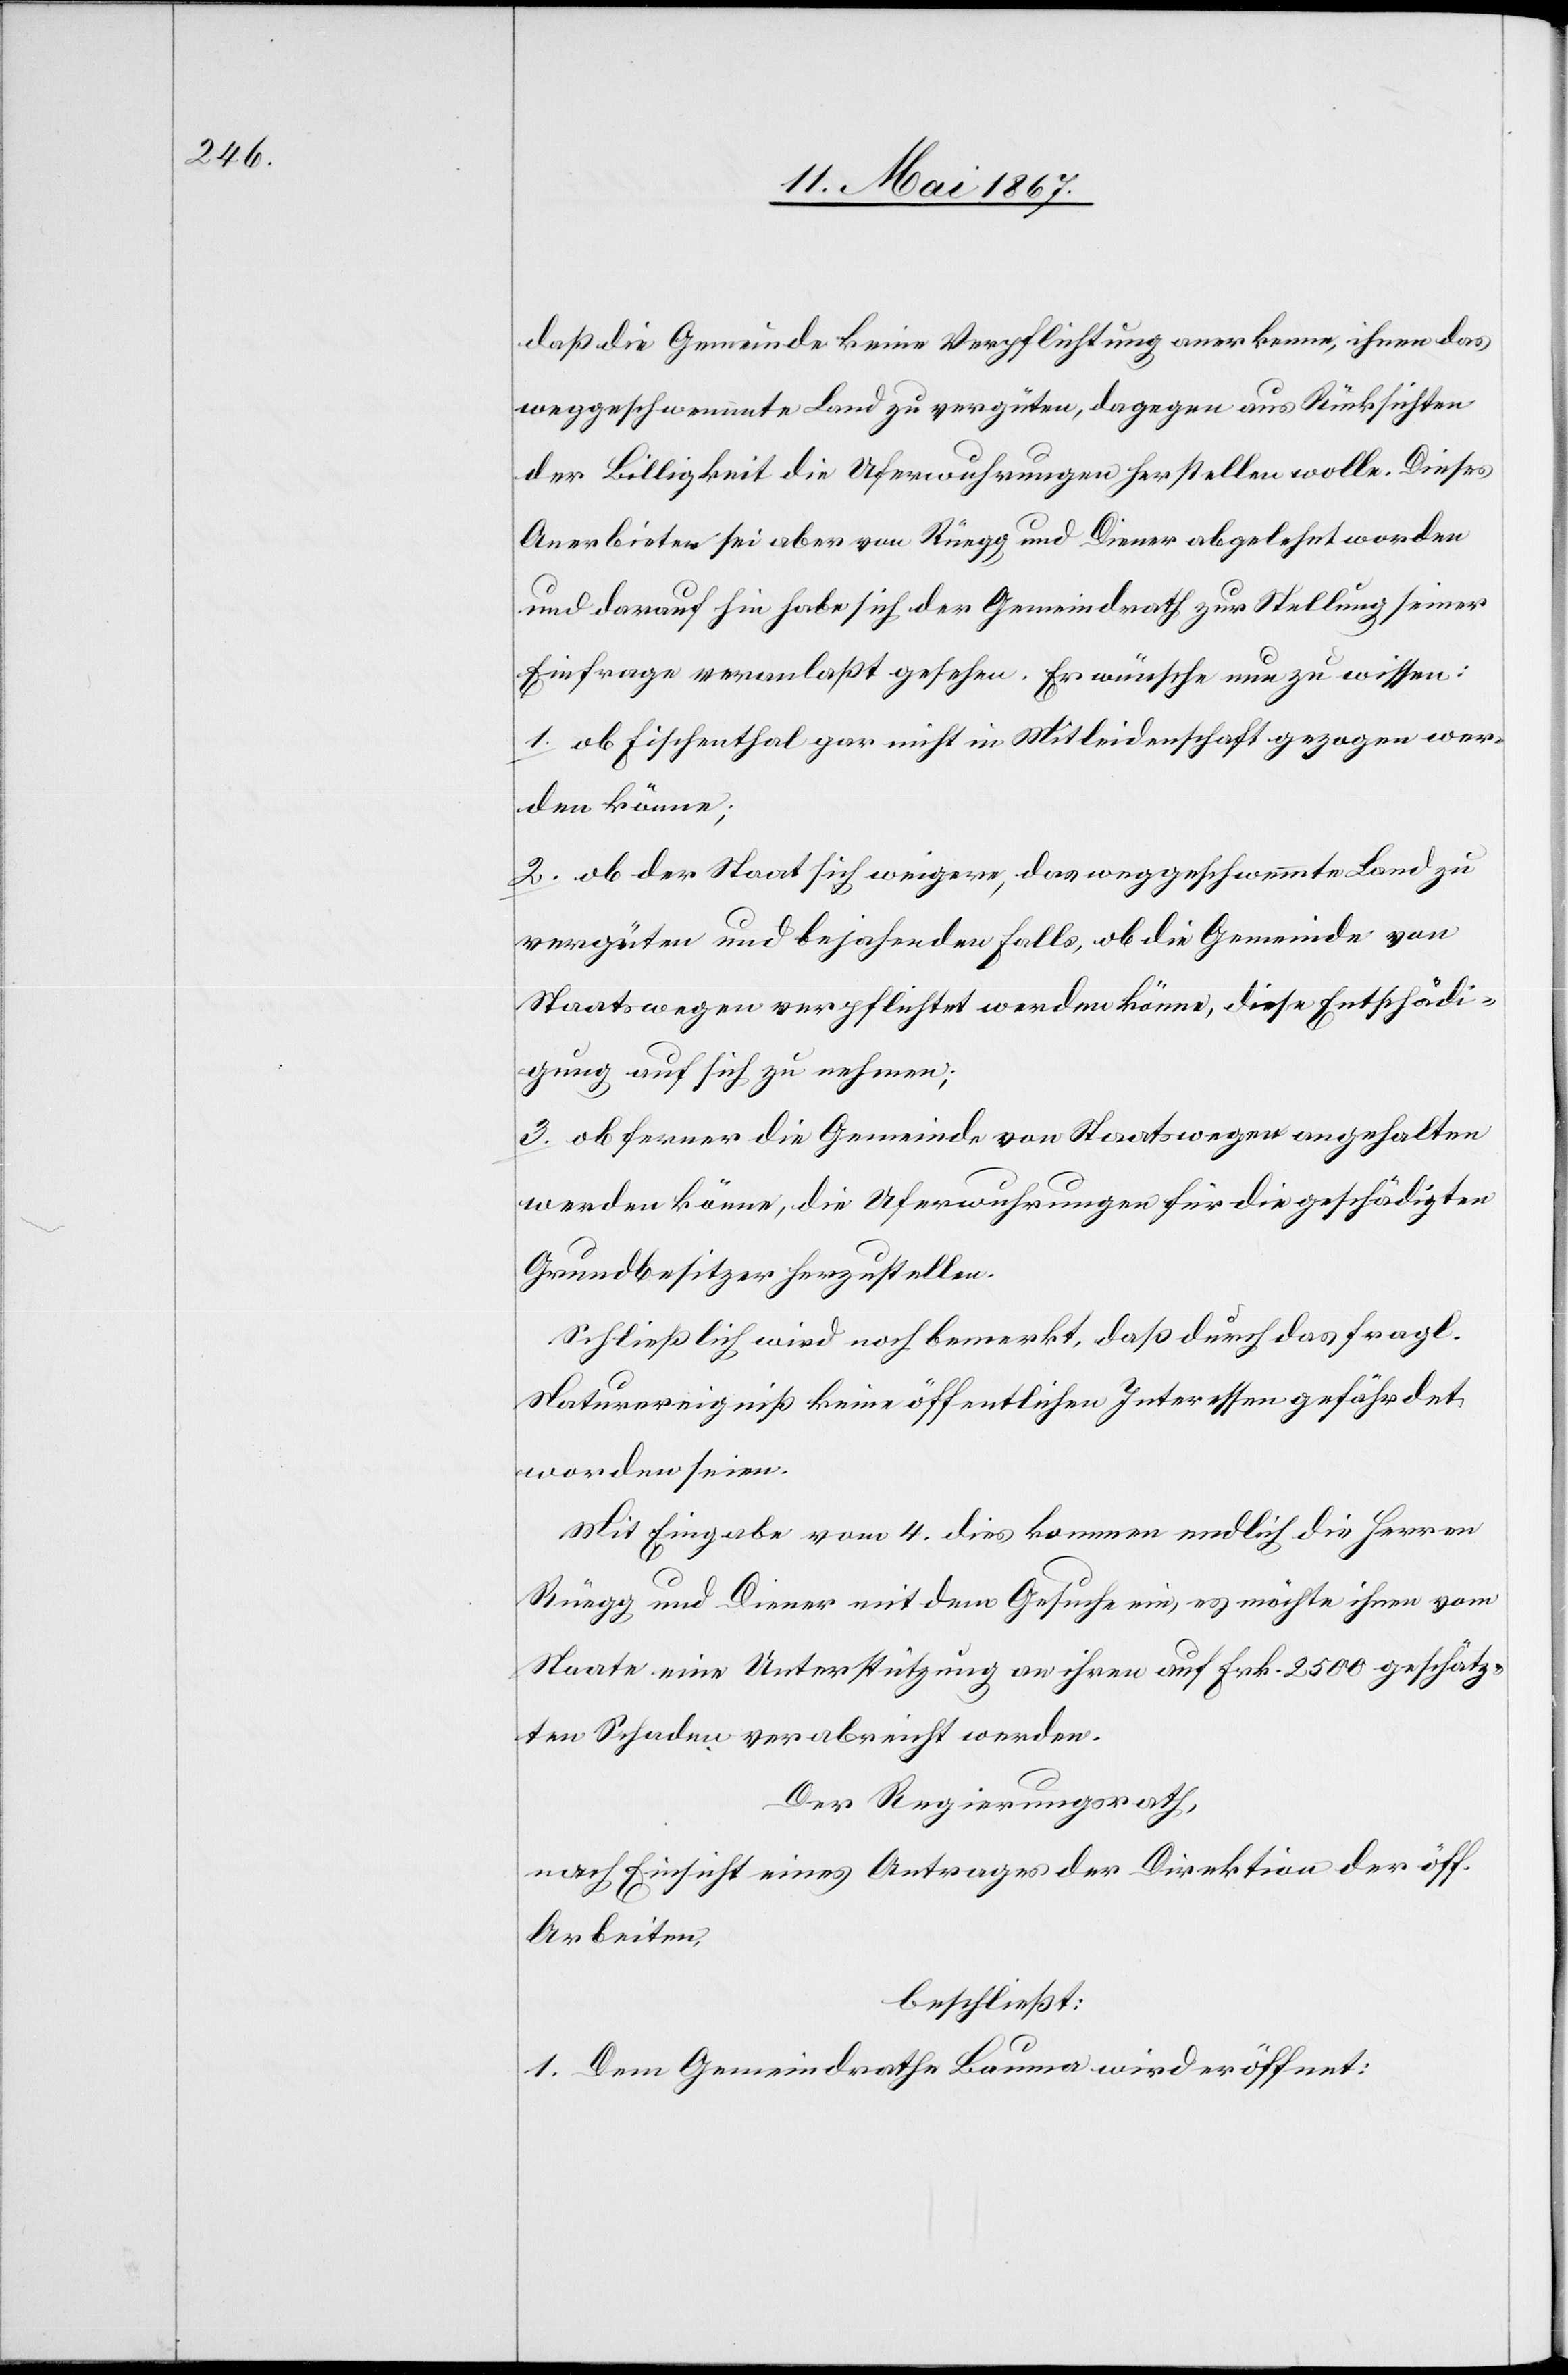
daß die Gemeinde keine Verpflichtung anerkenne, ihnen das
weggeschwemmte Land zu vergüten, dagegen aus Rücksichten
der Billigkeit die Uferwuhrungen herstellen wolle. Dieses
Anerbieten sei aber von Rüegg und Diener abgelehnt worden
und darauf hin habe sich der Gemeindrath zur Stellung seiner
Einfrage veranlaßt gesehen. Er wünscht nun zu wissen:
1. ob Fischenthal gar nicht in Mitleidenschaft gezogen wer¬
den könne;
2. ob der Staat sich weigere, das weggeschwemmte Land zu
vergüten und bejahenden Falls, ob die Gemeinde von
Staatswegen verpflichtet werden könne, diese Entschädi¬
gung auf sich zu nehmen;
3. ob ferner die Gemeinde von Staatswegen angehalten
werden könne, die Uferwuhrungen für die geschädigten
Grundbesitzer herzustellen.
Schliesslich wird noch bemerkt, daß durch das fragl.
Naturereigniß keine öffentlichen Interessen gefährdet
worden seien.
Mit Eingabe vom 4. dies kommen endlich die Herren
Rüegg und Diener mit dem Gesuche ein, es möchte ihnen vom
Staate eine Unterstützung an ihren auf Frk. 2500 geschätz¬
ten Schaden verabreicht werden.
Der Regierungsrath,
nach Einsicht eines Antrages der Direktion der öff.
Arbeiten,
beschließt:
1. Dem Gemeindrathe Bauma wird eröffnet: